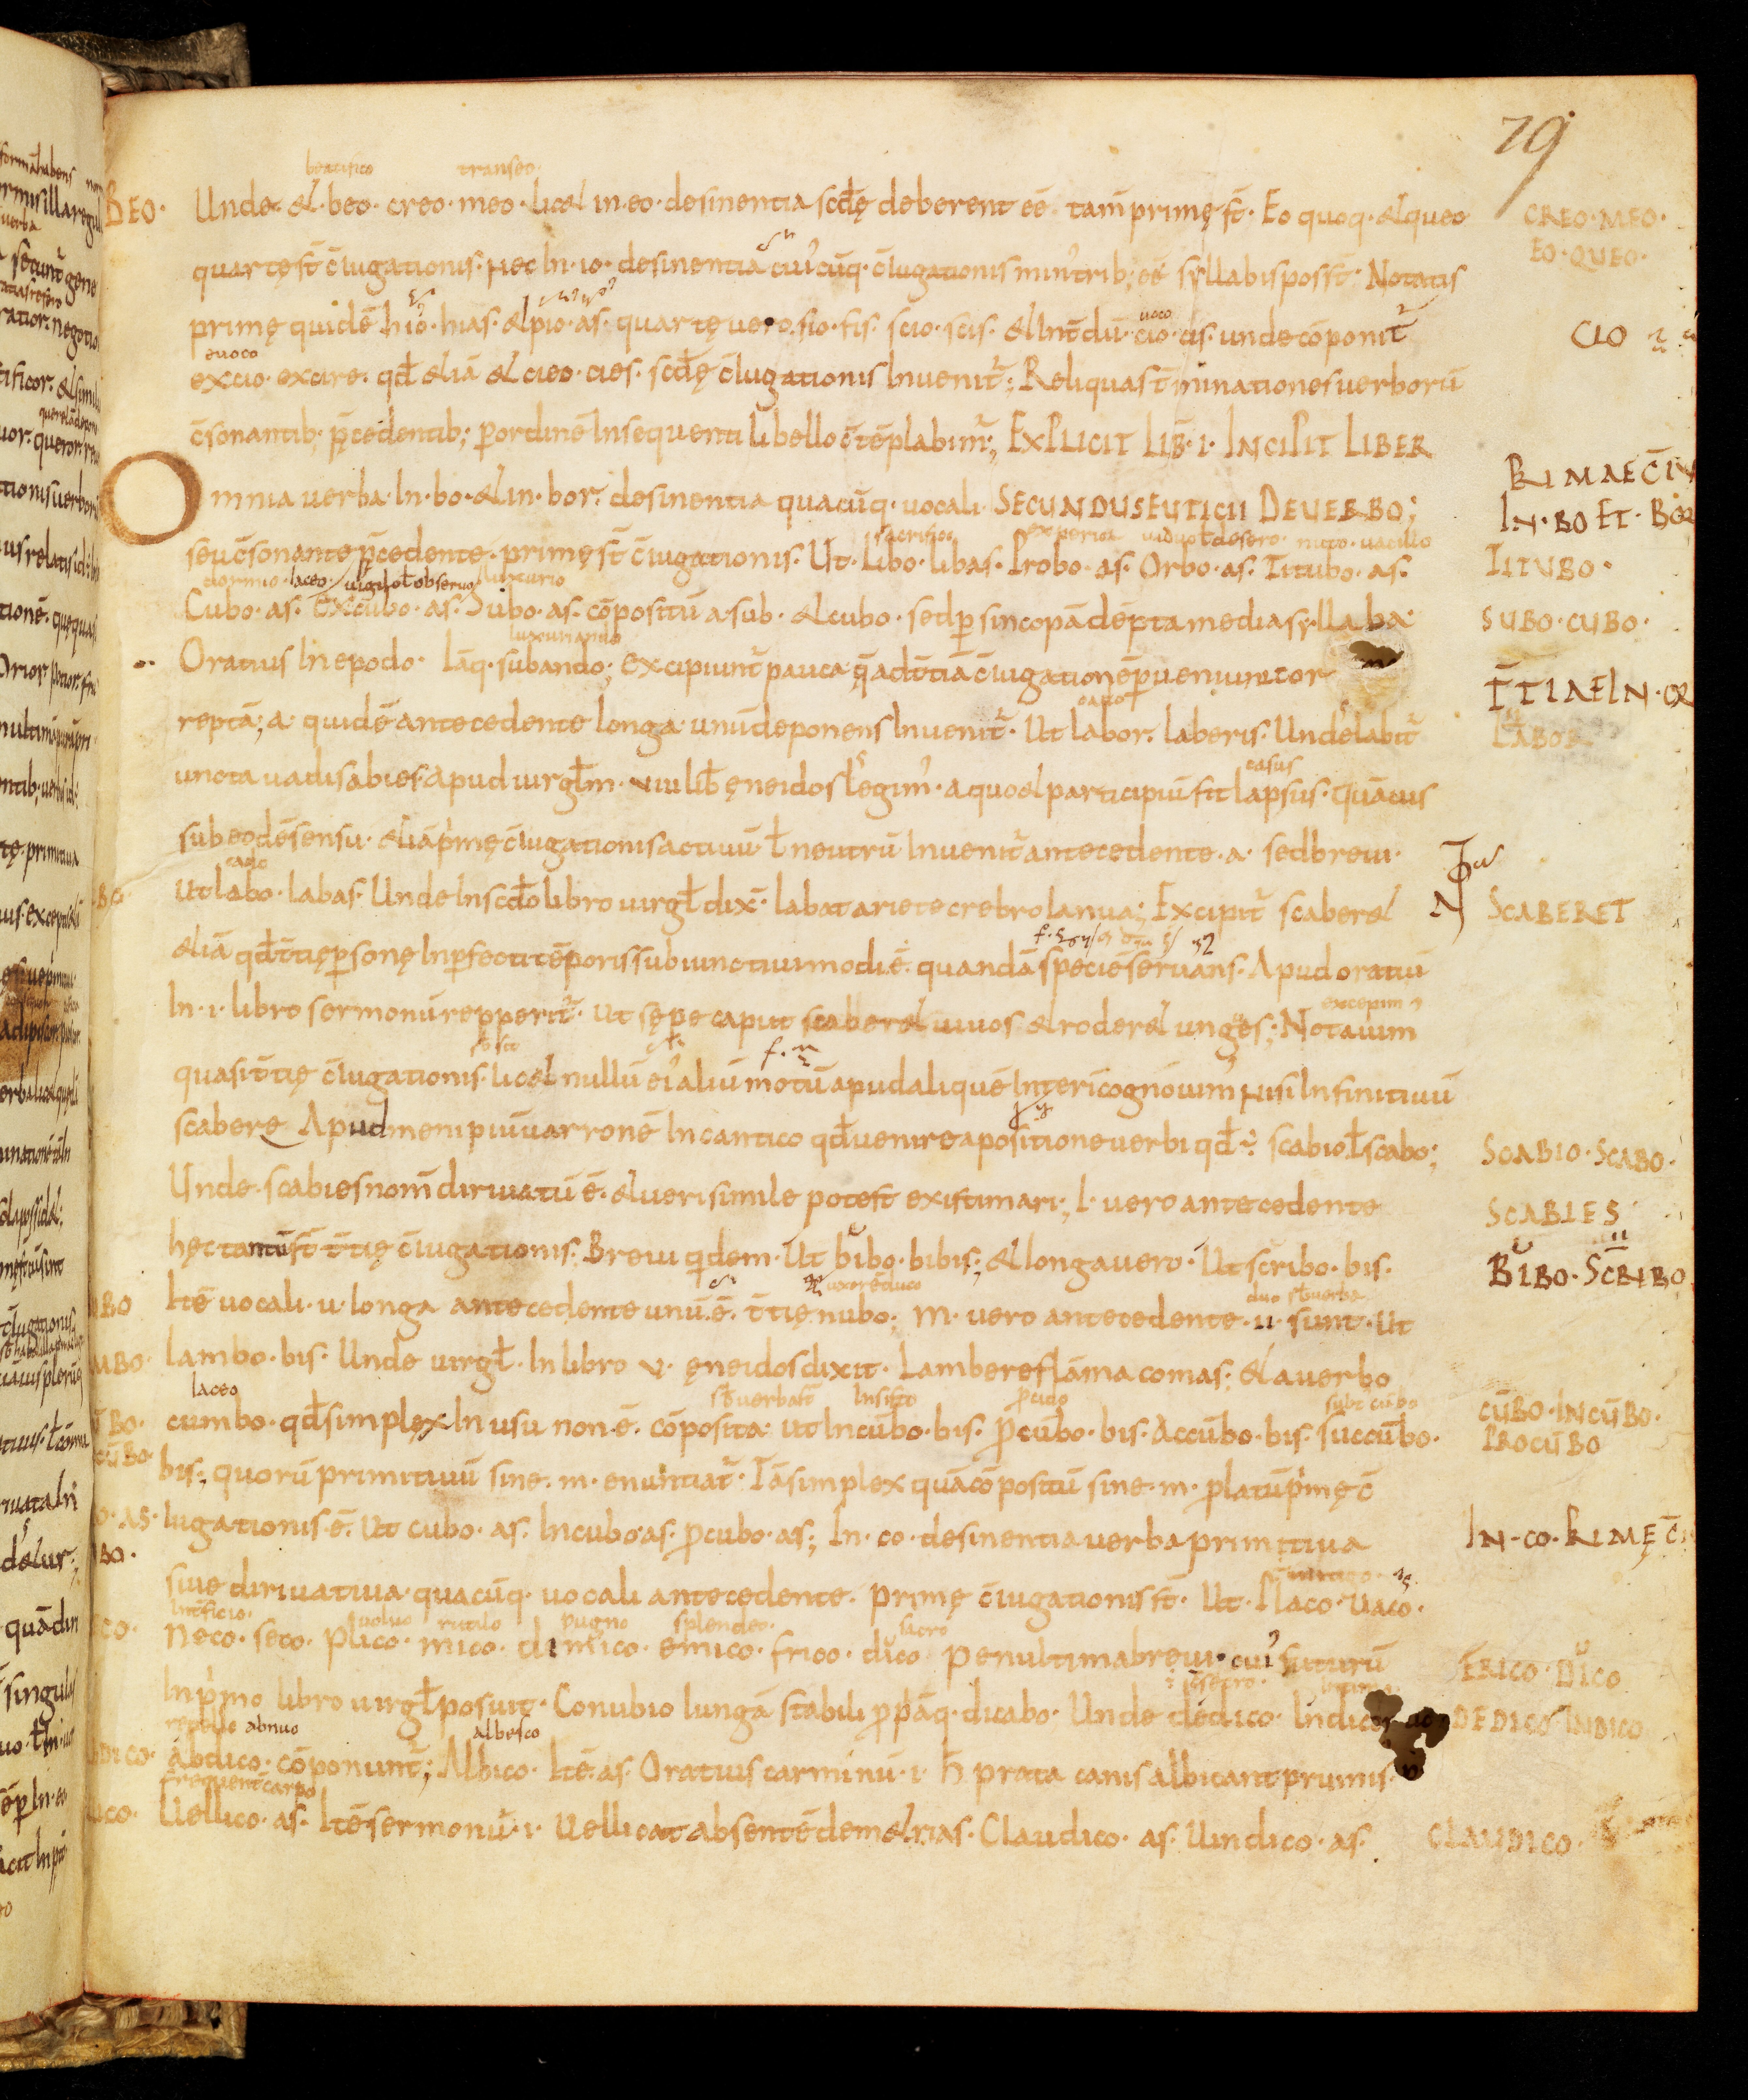
Shelfmark: Bamberg, Staatsbibliothek, MS Class. 30
Century: 9